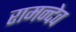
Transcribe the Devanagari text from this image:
रामन्देव